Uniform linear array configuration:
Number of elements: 12
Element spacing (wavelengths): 0.75
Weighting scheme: blackman
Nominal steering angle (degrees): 15
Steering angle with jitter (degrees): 13.376
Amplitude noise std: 0.05
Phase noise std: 0.05

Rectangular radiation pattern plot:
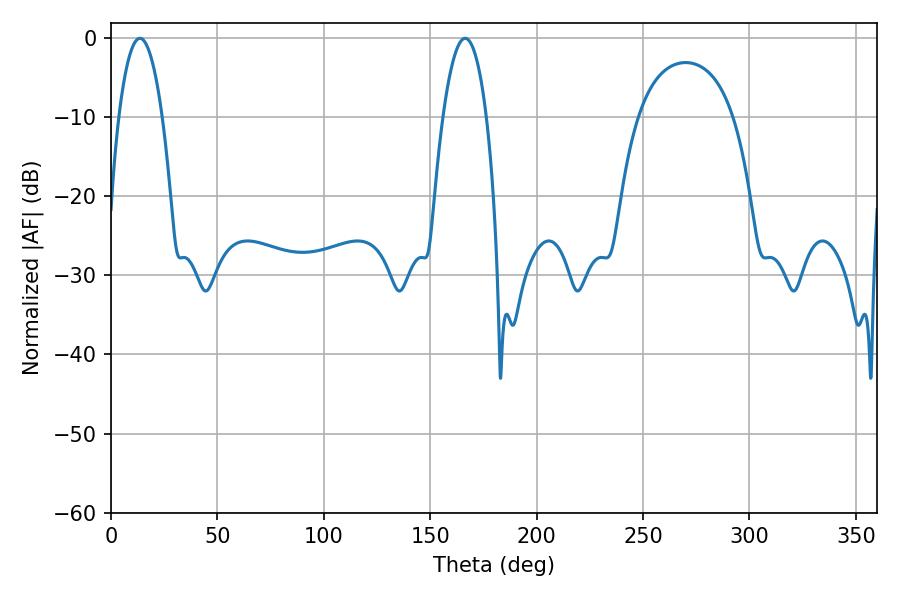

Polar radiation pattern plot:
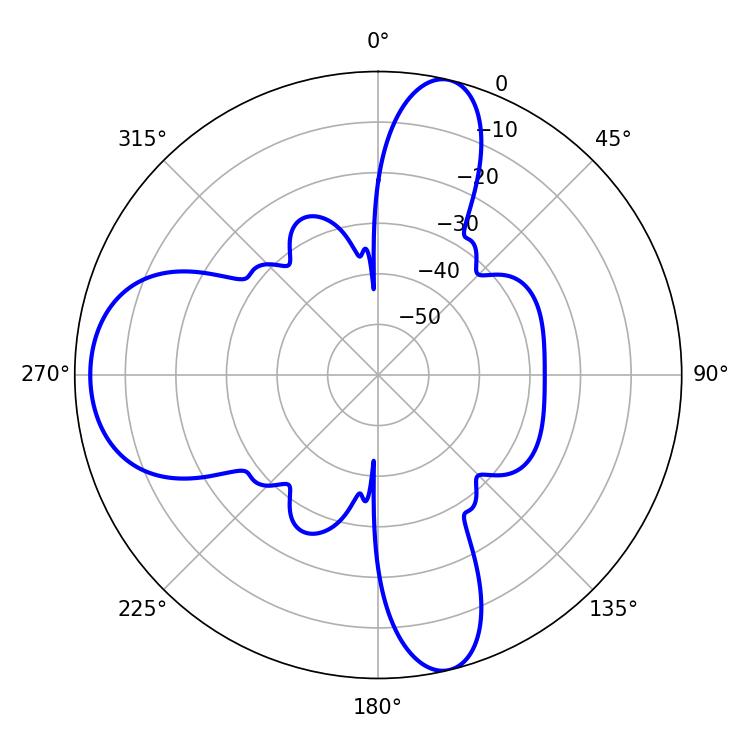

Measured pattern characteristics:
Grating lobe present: TRUE
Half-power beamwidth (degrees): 11.34
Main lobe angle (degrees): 13.5